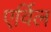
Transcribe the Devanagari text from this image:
एर्विल